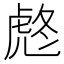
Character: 𧆼